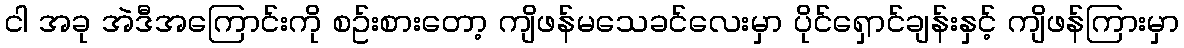
ငါ အခု အဲဒီအကြောင်းကို စဥ်းစားတော့ ကျိဖန်မသေခင်လေးမှာ ပိုင်ရှောင်ချန်းနှင့် ကျိဖန်ကြားမှာ